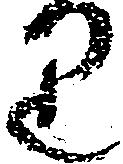
り